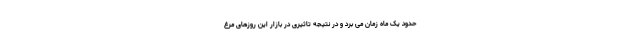
حدود یک ماه زمان می برد و در نتیجه تاثیری در بازار این روزهای مرغ